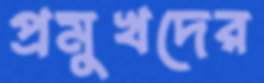
প্রমুখদের